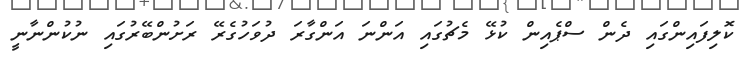
ކޮލިފައިންގައި ދެން ސްޕެއިން ކުޅޭ މެޗުގައި އަންނަ އަންގާރަ ދުވަހުގެރޭ ރަށުންބޭރުގައި ނުކުންނާނީ